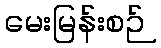
မေးမြန်းစဉ်